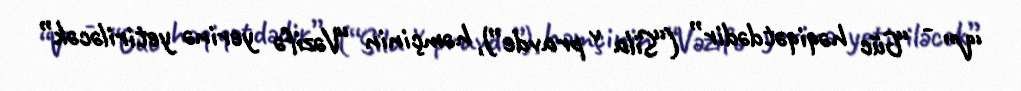
“V” - “Güc həqiqətdədir” (“Sila v pravde”), həmçinin “Vəzifə yerinə yetiriləcək”